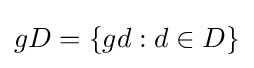
gD=\{gd:d\in D\}